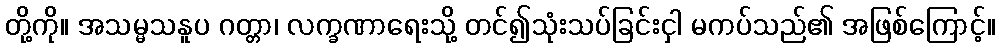
တို့ကို။ အသမ္မသနူပ ဂတ္တာ၊ လက္ခဏာရေးသို့ တင်၍သုံးသပ်ခြင်းငှါ မကပ်သည်၏ အဖြစ်ကြောင့်။